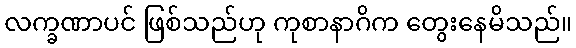
လက္ခဏာပင် ဖြစ်သည်ဟု ကုစာနာဂိက တွေးနေမိသည်။